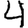
Digit: 4